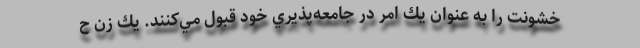
خشونت را به عنوان يك امر در جامعه‌پذيري خود قبول مي‌كنند. يك زن ح